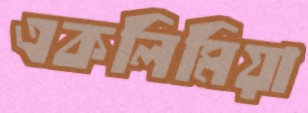
একলিমিয়া